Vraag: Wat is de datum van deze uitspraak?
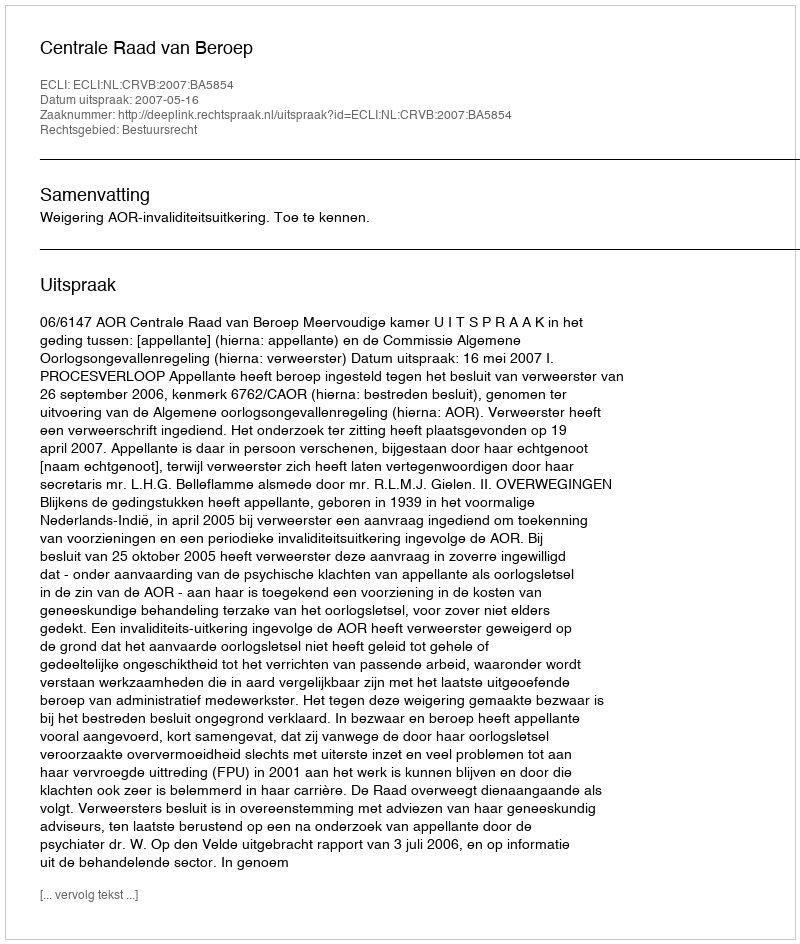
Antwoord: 2007-05-16